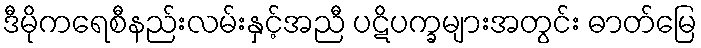
ဒီမိုကရေစီနည်းလမ်းနှင့်အညီ ပဋိပက္ခများအတွင်း ဓာတ်မြေ